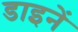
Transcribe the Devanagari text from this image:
डाइनें